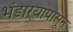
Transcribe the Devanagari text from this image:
भंडाऱ्यापासून